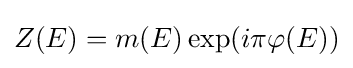
Z(E)=m(E)\exp(i\pi \varphi (E))